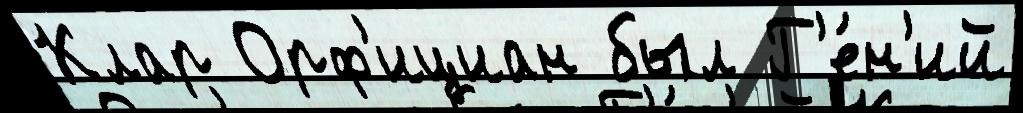
Клар Орф'ициан был Г'е́н'ий